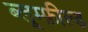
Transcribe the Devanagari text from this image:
ब्लूम्फ़ील्ड